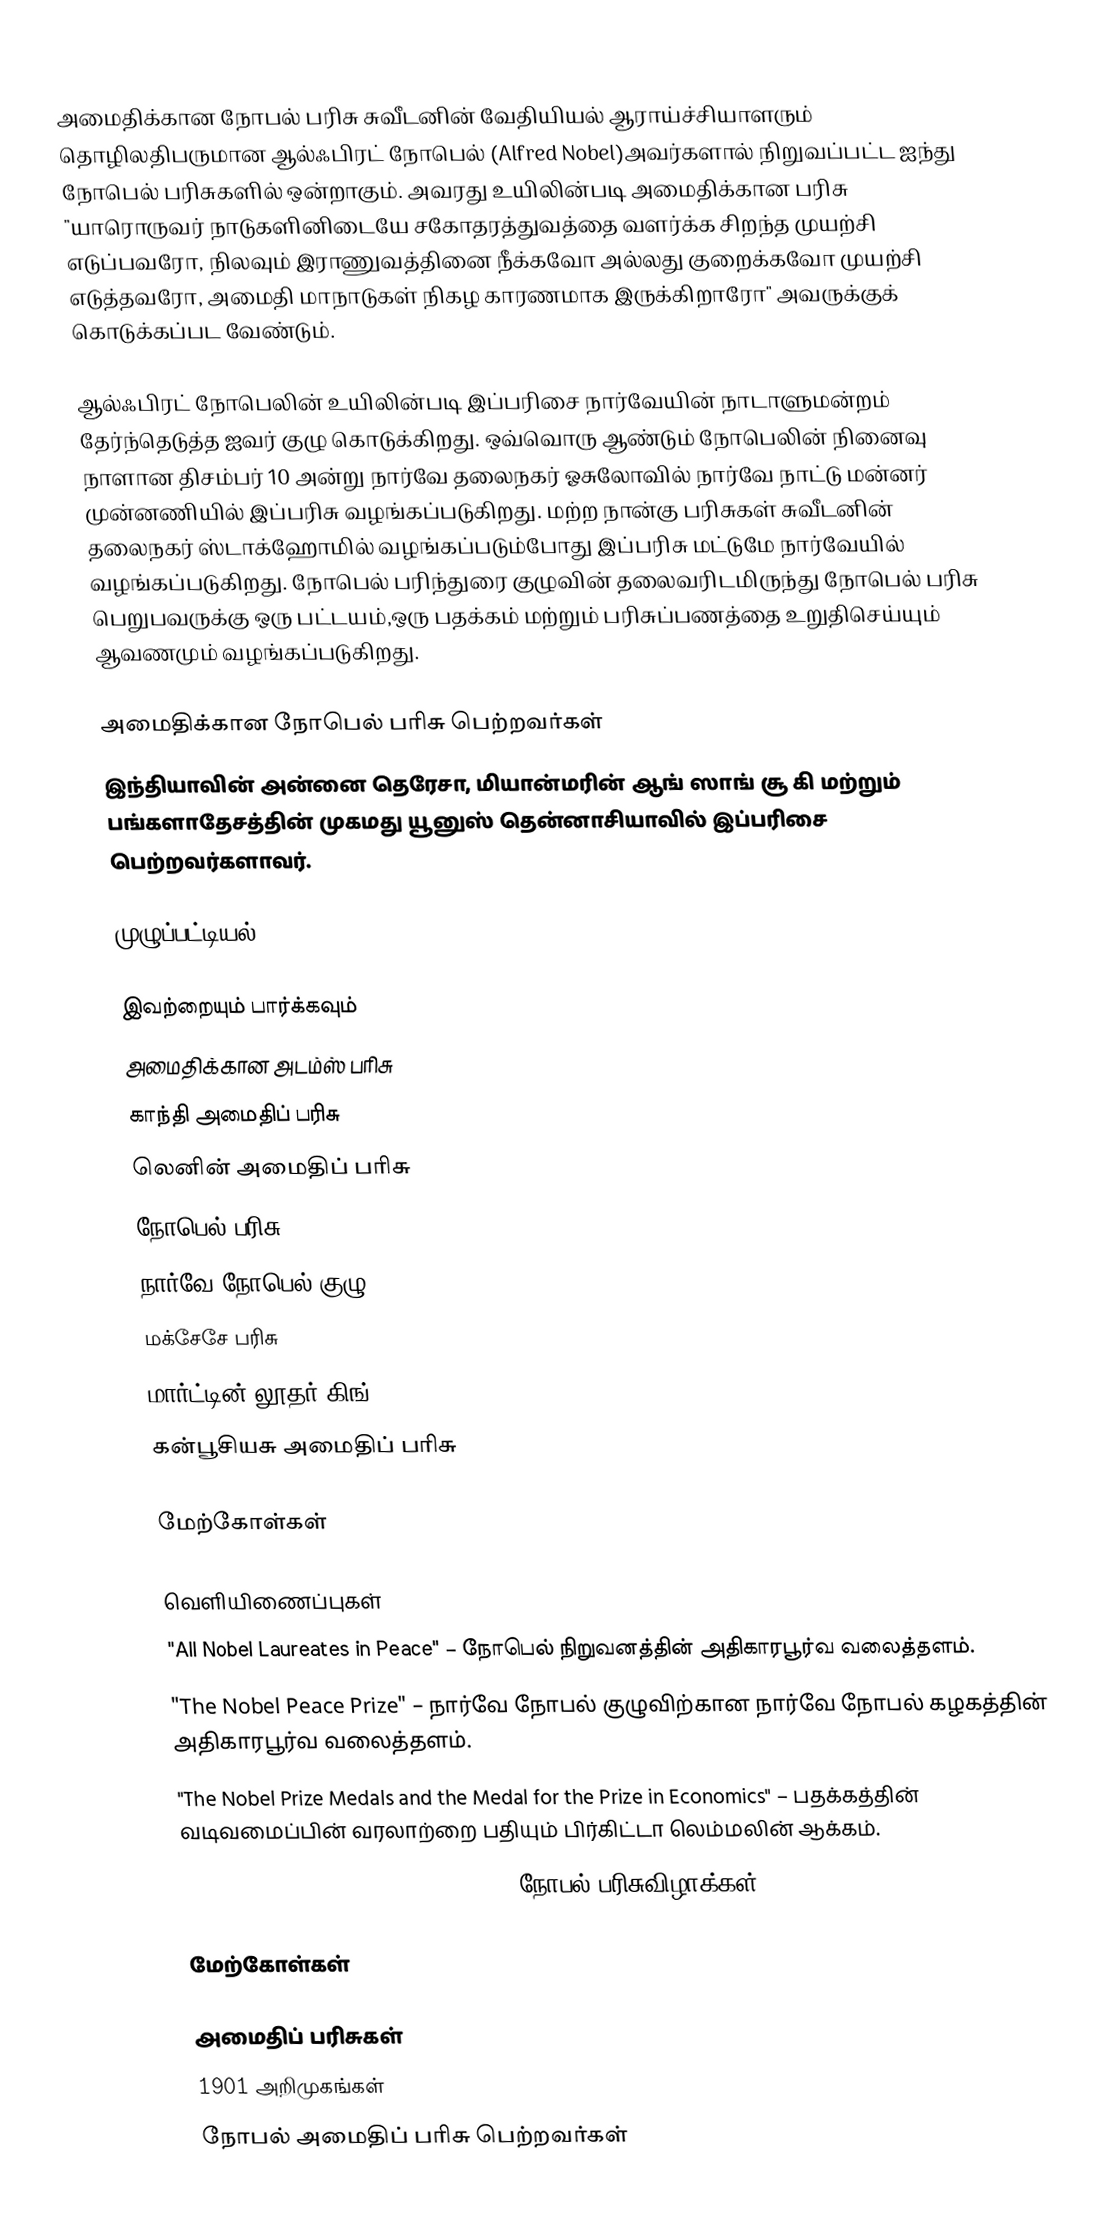
அமைதிக்கான நோபல் பரிசு சுவீடனின் வேதியியல் ஆராய்ச்சியாளரும் தொழிலதிபருமான ஆல்ஃபிரட் நோபெல் (Alfred Nobel)அவர்களால் நிறுவப்பட்ட ஐந்து நோபெல் பரிசுகளில் ஒன்றாகும். அவரது உயிலின்படி அமைதிக்கான பரிசு "யாரொருவர் நாடுகளினிடையே சகோதரத்துவத்தை வளர்க்க சிறந்த முயற்சி எடுப்பவரோ, நிலவும் இராணுவத்தினை நீக்கவோ அல்லது குறைக்கவோ முயற்சி எடுத்தவரோ, அமைதி மாநாடுகள் நிகழ காரணமாக இருக்கிறாரோ" அவருக்குக் கொடுக்கப்பட வேண்டும்.

ஆல்ஃபிரட் நோபெலின் உயிலின்படி இப்பரிசை நார்வேயின் நாடாளுமன்றம் தேர்ந்தெடுத்த ஐவர் குழு கொடுக்கிறது. ஒவ்வொரு ஆண்டும் நோபெலின் நினைவு நாளான திசம்பர் 10 அன்று நார்வே தலைநகர் ஓசுலோவில் நார்வே நாட்டு மன்னர் முன்னணியில் இப்பரிசு வழங்கப்படுகிறது. மற்ற நான்கு பரிசுகள் சுவீடனின் தலைநகர் ஸ்டாக்ஹோமில் வழங்கப்படும்போது இப்பரிசு மட்டுமே நார்வேயில் வழங்கப்படுகிறது. நோபெல் பரிந்துரை குழுவின் தலைவரிடமிருந்து நோபெல் பரிசு பெறுபவருக்கு ஒரு பட்டயம்,ஒரு பதக்கம் மற்றும் பரிசுப்பணத்தை உறுதிசெய்யும் ஆவணமும் வழங்கப்படுகிறது.

அமைதிக்கான நோபெல் பரிசு பெற்றவர்கள்
இந்தியாவின் அன்னை தெரேசா, மியான்மரின் ஆங் ஸாங் சூ கி மற்றும் பங்களாதேசத்தின் முகமது யூனுஸ் தென்னாசியாவில் இப்பரிசை பெற்றவர்களாவர்.

முழுப்பட்டியல்:

இவற்றையும் பார்க்கவும்
 அமைதிக்கான அடம்ஸ் பரிசு
 காந்தி அமைதிப் பரிசு
 லெனின் அமைதிப் பரிசு
 நோபெல் பரிசு
 நார்வே நோபெல் குழு
 மக்சேசே பரிசு
 மார்ட்டின் லூதர் கிங்
 கன்பூசியசு அமைதிப் பரிசு

மேற்கோள்கள்

வெளியிணைப்புகள்
 "All Nobel Laureates in Peace"  – நோபெல் நிறுவனத்தின் அதிகாரபூர்வ வலைத்தளம்.
 "The Nobel Peace Prize" – நார்வே நோபல் குழுவிற்கான நார்வே நோபல் கழகத்தின் அதிகாரபூர்வ வலைத்தளம்.
 "The Nobel Prize Medals and the Medal for the Prize in Economics"  – பதக்கத்தின் வடிவமைப்பின் வரலாற்றை பதியும் பிர்கிட்டா லெம்மலின் ஆக்கம்.
 "What the Nobel Laureates Receive"  – நோபல் பரிசுவிழாக்கள்.

மேற்கோள்கள்

அமைதிப் பரிசுகள்
1901 அறிமுகங்கள்
நோபல் அமைதிப் பரிசு பெற்றவர்கள்